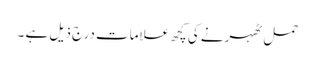
حمل ٹھہرنے کی کچھ علامات درج ذیل ہے ۔